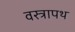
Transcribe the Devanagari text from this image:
वस्त्रापथ